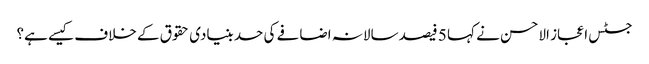
جسٹس اعجاز الاحسن نے کہا 5 فیصد سالانہ اضافے کی حد بنیادی حقوق کے خلاف کیسے ہے؟